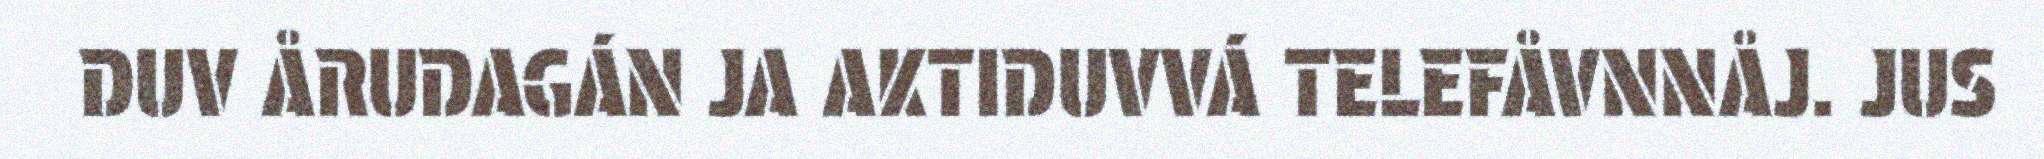
DUV ÅRUDAGÁN JA AKTIDUVVÁ TELEFÅVNNÅJ. JUS